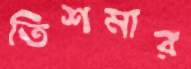
তিশমার